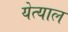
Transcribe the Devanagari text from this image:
येत्याल